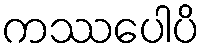
ကဿပေါပိ